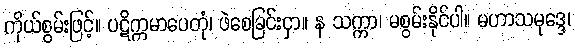
ကိုယ်စွမ်းဖြင့်။ ပဋိက္ကမာပေတုံ၊ ဖဲစေခြင်းငှာ။ န သက္ကာ၊ မစွမ်းနိုင်ပါ။ မဟာသမုဒ္ဒေ၊